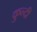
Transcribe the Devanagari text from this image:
कुन्दी